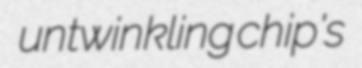
untwinkling chip's